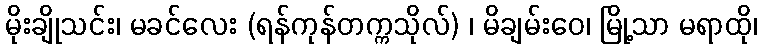
မိုးချိုသင်း၊ မခင်လေး (ရန်ကုန်တက္ကသိုလ်) ၊ မိချမ်းဝေ၊ မြို့သာ မရာထို၊